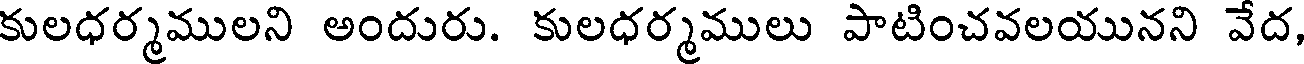
కులధర్మములని అందురు. కులధర్మములు పాటించవలయునని వేద,